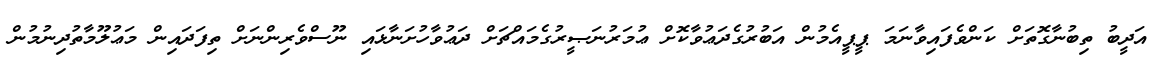
އަދީބު ތިބުނާގޮތަށް ކަންވެފައިވާނަމަ ޕީޕީއެމުން އަބުރުގެދަޢުވާކޮށް ޢުމަރުނަޞީރުގެމައްޗަށް ދަޢުވާހުށަނާޅައި ނޫސްވެރިންނަށް ތިފަދައިން މަޢުލޫމާތުދިނުމުން